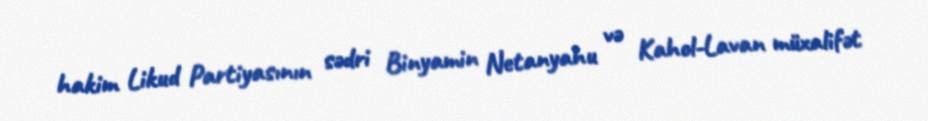
hakim Likud Partiyasının sədri Binyamin Netanyahu və Kahol-Lavan müxalifət